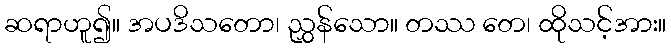
ဆရာဟူ၍။ အပဒိသတော၊ ညွှန်သော။ တဿ တေ၊ ထိုသင့်အား။